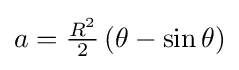
a={\tfrac {R^{2}}{2}}\left(\theta -\sin \theta \right)